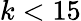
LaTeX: k<15